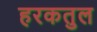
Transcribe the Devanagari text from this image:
हरकतुल